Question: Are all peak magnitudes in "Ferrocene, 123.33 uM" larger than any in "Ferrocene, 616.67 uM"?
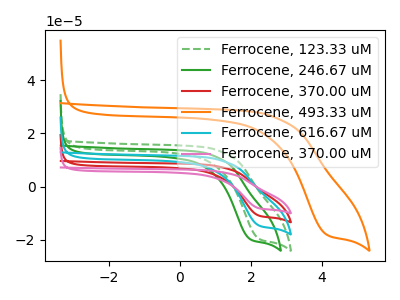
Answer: <think>The green dashed curve "Ferrocene, 123.33 uM" has a cathodic peak at: (2.20V, -19.60uA). The green curve "Ferrocene, 246.67 uM" has a cathodic peak at: (1.95V, -19.80uA). The red curve "Ferrocene, 370.00 uM" has a cathodic peak at: (2.20V, -29.30uA). The orange curve "Ferrocene, 493.33 uM" has a cathodic peak at: (4.10V, -18.05uA). The cyan curve "Ferrocene, 616.67 uM" has a cathodic peak at: (2.20V, -14.65uA). The pink curve "Ferrocene, 370.00 uM" has a cathodic peak at: (2.20V, -43.95uA).</think>
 <answer>Every peak in "Ferrocene, 123.33 uM" is higher than every peak in "Ferrocene, 616.67 uM".</answer>
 <eval>higher</eval>